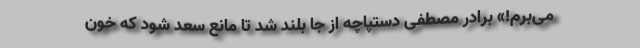
می‌برم!» برادر مصطفی دستپاچه از جا بلند شد تا مانع سعد شود که خون